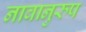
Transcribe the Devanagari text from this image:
नावानुरुप